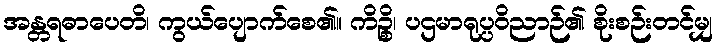
အန္တရဓာပေတိ၊ ကွယ်ပျောက်စေ၏။ ကိဉ္စိ၊ ပဌမာရုပ္ပဝိညာဉ်၏ စိုးစဉ်းတင်မျှ